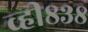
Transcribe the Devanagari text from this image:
व्ही८३८